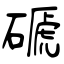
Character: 磃